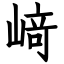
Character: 﨑